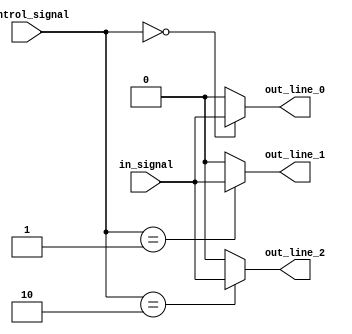
module demultiplexer (
    input wire in_signal,
    input wire [1:0] control_signal,
    output wire out_line_0,
    output wire out_line_1,
    output wire out_line_2
);

assign out_line_0 = (control_signal == 2'b00) ? in_signal : 0;
assign out_line_1 = (control_signal == 2'b01) ? in_signal : 0;
assign out_line_2 = (control_signal == 2'b10) ? in_signal : 0;

endmodule